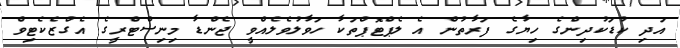
އަދި ކުޑަކުދިންގެ ހިޔާގެ ފަރާތުން އެ ލެޕްޓޮޕްތަކާ ހަވާލުވެލެއްވީ ޖެންޑާ މިނިސްޓްރީގެ އެގްޒެކެޓިވް